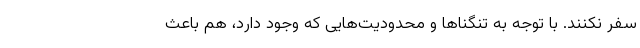
سفر نکنند. با توجه به تنگناها و محدودیت‌هایی که وجود دارد، هم باعث